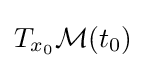
T_{x_{0}}{\mathcal {M}}(t_{0})